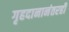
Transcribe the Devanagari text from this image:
गृहदानानंतरही